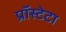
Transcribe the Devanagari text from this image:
प्रॉस्टेटा